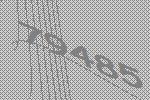
79485